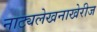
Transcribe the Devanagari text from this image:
नाट्यलेखनाखेरीज